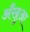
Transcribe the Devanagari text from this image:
अँखुआ